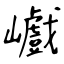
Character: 巇